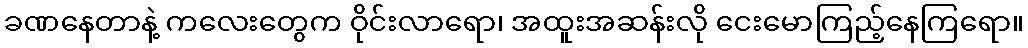
ခဏနေတာနဲ့ ကလေးတွေက ဝိုင်းလာရော၊ အထူးအဆန်းလို ငေးမောကြည့်နေကြရော။